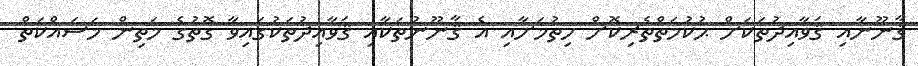
ޤާނޫނާއި ޤަވާއިދުތަކަށް ޙުކުމަތްތެރިކޮށް ހިތުމަށާއި އެ ޤާނޫނުތަކާއި ޤަވާއިދުތަކުގައިވާ ގޮތުގެ މަތިން މަސައްކަތް